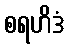
စရဟိဒံ